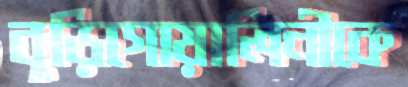
বুড়িগোয়ালিনীকে